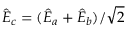
\hat { E } _ { c } = ( \hat { E } _ { a } + \hat { E } _ { b } ) / \sqrt { 2 }